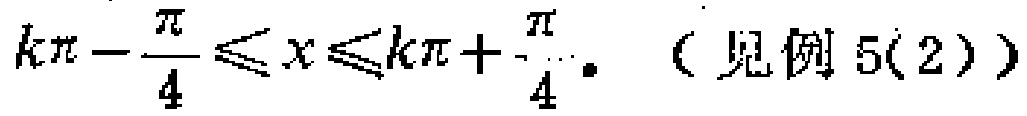
\(k\pi - \frac{\pi}{4} \leq x \leq k\pi + \frac{\pi}{4}。（见例5(2)）\)